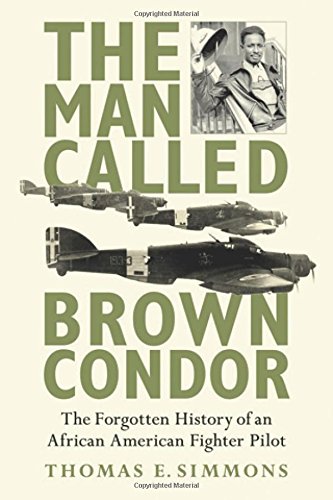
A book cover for The Man Called Brown Condor: The Forgotten History of an African American Fighter Pilot; Thomas E. Simmons; History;